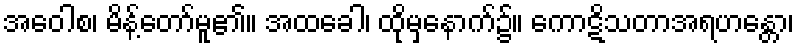
အဝေါစ၊ မိန့်တော်မူ၏။ အထခေါ၊ ထိုမှနောက်၌။ ကောဋိသတာအရဟန္တော၊